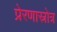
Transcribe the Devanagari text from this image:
प्रेरणास्रोत्र